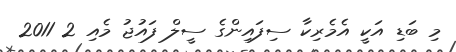
މި ބަޑި އަކީ އެމެރިކާ ސިފައިންގެ ސީލް ފައުޖު މެއި 2 2011